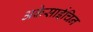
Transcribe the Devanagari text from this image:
अकेसाईचिन